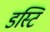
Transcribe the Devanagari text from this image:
डस्टिं